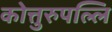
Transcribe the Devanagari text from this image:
कोत्तुरुपल्लि